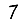
Digit: 7